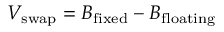
V _ { \mathrm { s w a p } } = B _ { \mathrm { f i x e d } } - B _ { \mathrm { f l o a t i n g } }